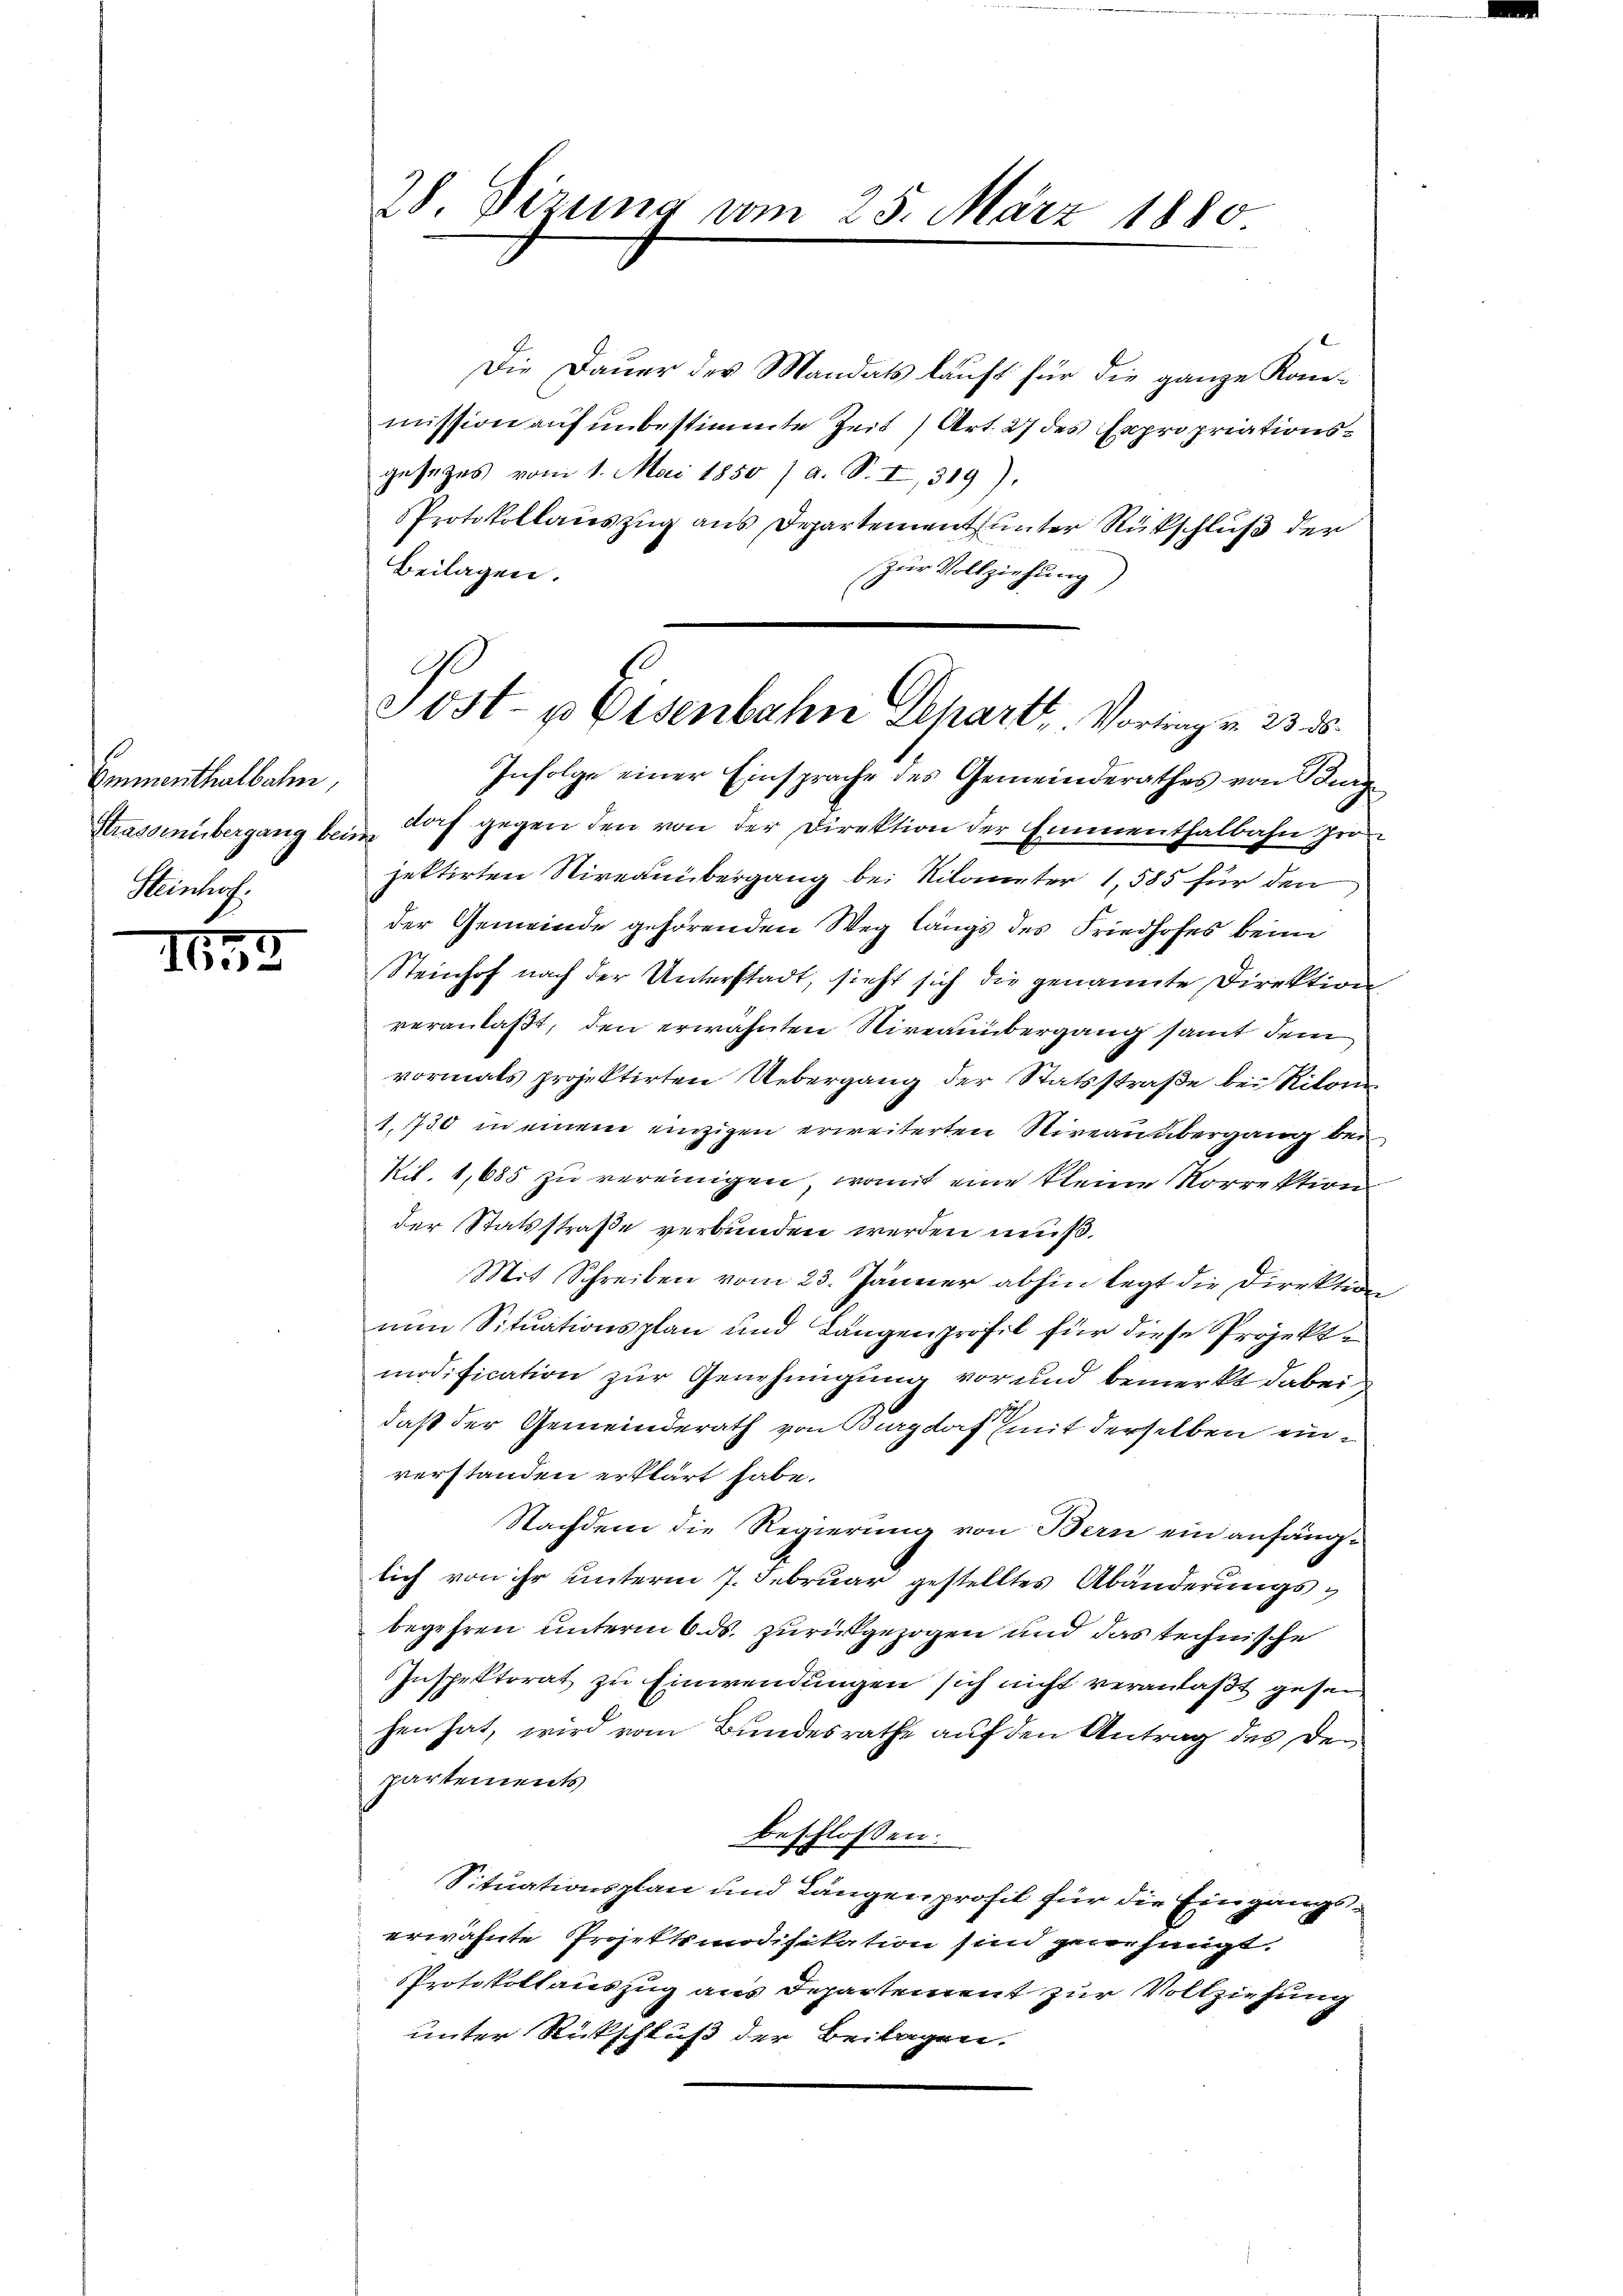
Emmenthalbahn,
Strassenübergang beim
Heinhaf

1653

28. Sizung vom 25. März 1880

A
Sost- u Eisenbahn Depart. Vortrag v. 23. ds.

Die Dauer des Mandats lauft für die ganze Kon-
mission auf unbestimmte Zeit, Art. 27 des Expropriationsgesetzes vom 1. Mai 1850 / a. S. I, 319).
Protokollauszug aus Departement unter Rückschluß der
Beilagen.
Zur Vollziehung,
Infolge einer Einsprache des Gemeinderathes von Burg
dorf gegen den von der Direktion der Emmenthalbahn zu
jettirten Niveauübergang bei Nilanzter 1,585 für den
der Gemeinde gehörenden Weg längs des Friedhofes beim
Steinhof nach der Unterstadt, sieht sich die genannte Direktion
veranlaßt, den erwähnten Niveauübergang samt dem
vormals projektirten Uebergang der Statsstraße bei Rilone
1130 in einem einzigen erweiterten Niveauübergang bei
Kil. 1,885 zu vereinigen, womit eine kleine Korrektion
der Statsstraße verbunden werden muß.
Mit Schreiben vom 23. Jänner abhin legt die Direktio
nun Situationsplan und Langenprofil für diese Projekte
modification zur Genehmigung vor und bemerkt dabei
daß der Gemeinderath von Burgdorf (mit derselben einverstanden erklärt habe.
Nachdem die Regierung von Bern ein anfänglich von ihr unterm 7. Februar gestelltes Abänderungsbegehren unterm 6. ds. zurückgezogen und das technische
Inspektorat zu Einwendungen sich nicht veranlaßt gehen
hen hat, wird vom Bundesrathe auf den Antrag des Departements
beschlossen:
Situationsplan und Längenprofil für die Eingangserwähnte Projektmodifikation sind genehmigt.
PProtokollauszug aus Departement zur Vollziehung
unter Rückschluß der Beilagen.